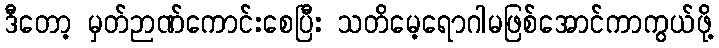
ဒီတော့ မှတ်ဉာဏ်ကောင်းစေပြီး သတိမေ့ရောဂါမဖြစ်အောင်ကာကွယ်ဖို့